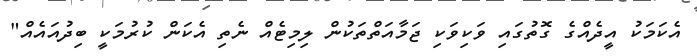
އެކަމަކު އީދެއްގެ ގޮތުގައި ވަކިވަކި ޖަމާއަތްތަކުން ލިމިޓެއް ނެތި އެކަން ކުުރުމަކީ ބިދުއައެއް"